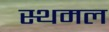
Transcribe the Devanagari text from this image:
स्थमल